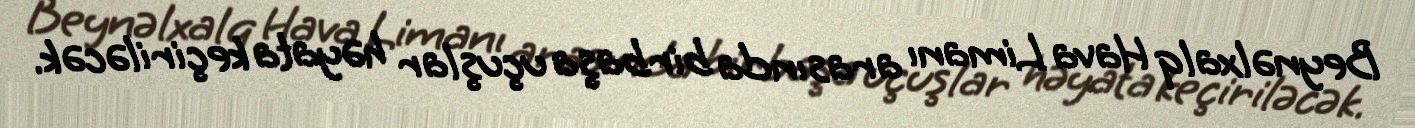
Beynəlxalq Hava Limanı arasında birbaşa uçuşlar həyata keçiriləcək.